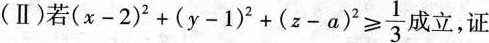
（Ⅱ)若( $$x-2)^{2} + ( y - 1 )^{2} + ( z - a )^{2}\geq \frac{1}{3}$$成立，证